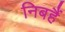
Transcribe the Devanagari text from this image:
निबहैं